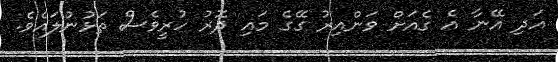
އަދި އޭނާ އެ ގެއަށް ވަންއިރު ގޭގެ މައި ދޮރު ހުރީވެސް ތަޅުނުލައެވެ.